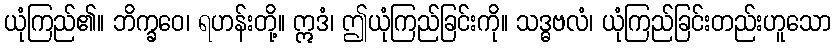
ယုံကြည်၏။ ဘိက္ခဝေ၊ ရဟန်းတို့။ ဣဒံ၊ ဤယုံကြည်ခြင်းကို။ သဒ္ဓဗလံ၊ ယုံကြည်ခြင်းတည်းဟူသော